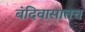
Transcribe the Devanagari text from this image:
बंदिवासातच